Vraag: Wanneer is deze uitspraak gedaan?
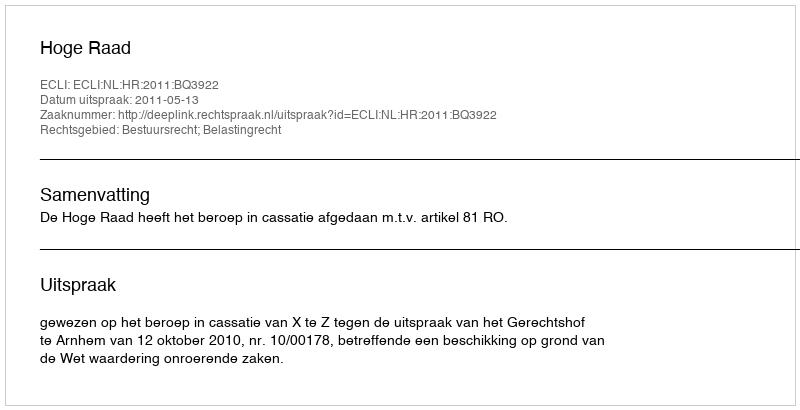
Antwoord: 2011-05-13